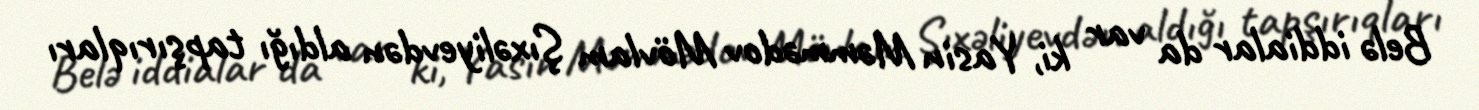
Belə iddialar da var ki, Yasin Məmmədov Mövlam Şıxəliyevdən aldığı tapşırıqları